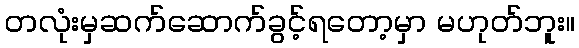
တလုံးမှဆက်ဆောက်ခွင့်ရတော့မှာ မဟုတ်ဘူး။